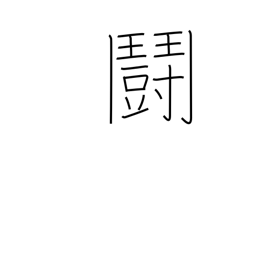
Meaning: fighting